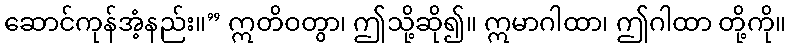
ဆောင်ကုန်အံ့နည်း။” ဣတိဝတွာ၊ ဤသို့ဆို၍။ ဣမာဂါထာ၊ ဤဂါထာ တို့ကို။